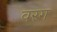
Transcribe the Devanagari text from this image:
वरग